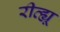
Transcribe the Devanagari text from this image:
रीव्ह्यू